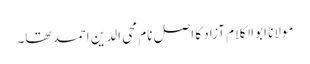
مولانا ابوالکلام آزاد کا اصل نام محی الدین احمد تھا۔